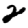
Digit: 2